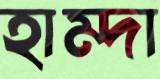
হাম্দা